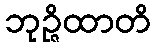
ဘုဉ္ဇိထာတိ